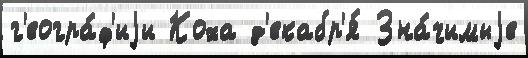
г'еогра́ф'иjи Коха д'екабр'я́ Зна́чимыjе